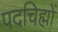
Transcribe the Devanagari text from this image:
पदचिह्मों